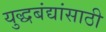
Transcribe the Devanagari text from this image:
युद्धबंद्यांसाठी